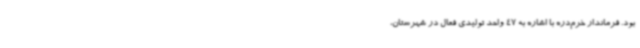
بود. فرماندار خرم‌دره با اشاره به 47 واحد تولیدی فعال در شهرستان،